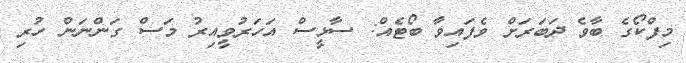
މިފްކޯގެ ބާވެ ދަބަރަށް ވެފައިވާ ބޯޓެއް: ސާޅީސް އަހަރުވީއިރު މަސް ގަންނަން ހުރި